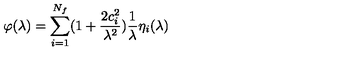
\varphi ( \lambda ) = \sum _ { i = 1 } ^ { N _ { f } } ( 1 + \frac { 2 c _ { i } ^ { 2 } } { \lambda ^ { 2 } } ) \frac 1 \lambda \eta _ { i } ( \lambda )